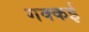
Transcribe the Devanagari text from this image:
गक्‍कई